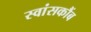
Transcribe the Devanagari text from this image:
स्वांसकौंब